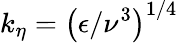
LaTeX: k_{\eta}=\left(\epsilon/\nu^{3}\right)^{1/4}